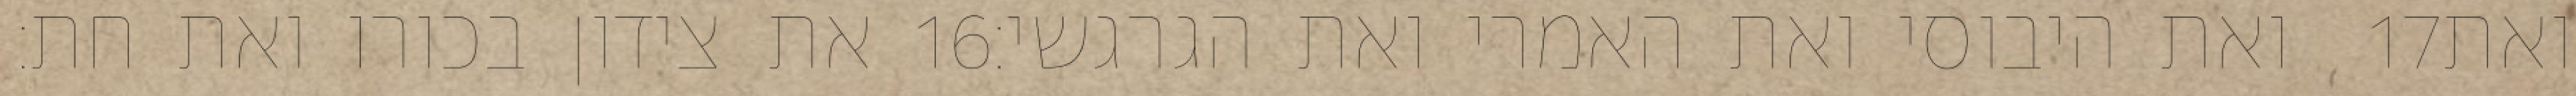
את צידון בכורו ואת חת׃ ‎16‏ ואת היבוסי ואת האמרי ואת הגרגשי׃ ‎17‏ ואת